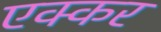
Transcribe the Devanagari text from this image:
एक्कर